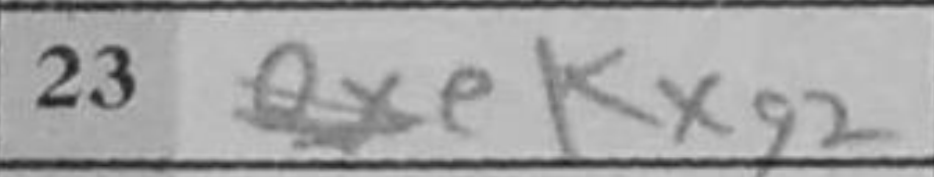
Transcription: Kxg2